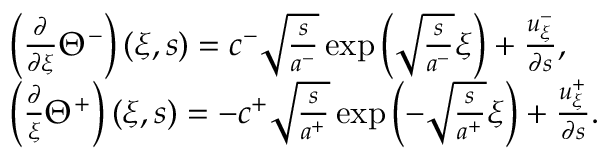
\begin{array} { r l } & { \left( \frac { \partial } { \partial \xi } \Theta ^ { - } \right) ( \xi , s ) = c ^ { - } \sqrt { \frac { s } { a ^ { - } } } \exp \left( \sqrt { \frac { s } { a ^ { - } } } \xi \right) + \frac { u _ { \xi } ^ { - } } { \partial s } , } \\ & { \left( \frac { \partial } { \xi } \Theta ^ { + } \right) ( \xi , s ) = - c ^ { + } \sqrt { \frac { s } { a ^ { + } } } \exp \left( - \sqrt { \frac { s } { a ^ { + } } } \xi \right) + \frac { u _ { \xi } ^ { + } } { \partial s } . } \end{array}